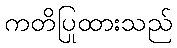
ကတိပြုထားသည်